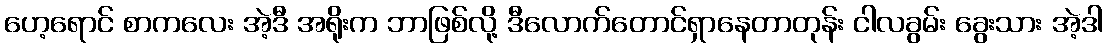
ဟေ့ရောင် စာကလေး အဲ့ဒီ အရိုးက ဘာဖြစ်လို့ ဒီလောက်တောင်ရှာနေတာတုန်း ငါလခွမ်း ခွေးသား အဲ့ဒါ